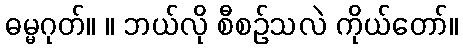
ဓမ္မဂုတ်။ ။ ဘယ်လို စီစဉ်သလဲ ကိုယ်တော်။